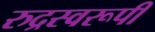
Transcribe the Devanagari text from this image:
रुद्रस्वरूपी